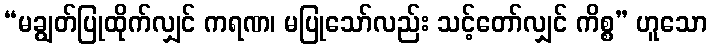
“မချွတ်ပြုထိုက်လျှင် ကရဏ၊ မပြုသော်လည်း သင့်တော်လျှင် ကိစ္စ” ဟူသော